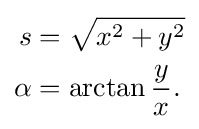
{\begin{aligned}s&={\sqrt {x^{2}+y^{2}}}\\\alpha &=\arctan {\frac {y}{x}}.\end{aligned}}